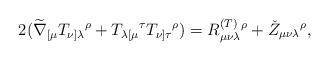
LaTeX: \begin{align*}2(\widetilde{\nabla }_{[\mu }T_{\nu ]\lambda }{}^{\rho }+T_{\lambda \lbrack\mu }{}^{\tau }T_{\nu ]\tau }{}^{\rho })=R_{\mu \nu \lambda }^{{\footnotesize (T)}}{}^{\rho }+\check{Z}_{\mu \nu \lambda }{}^{\rho },\end{align*}